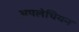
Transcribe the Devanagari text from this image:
अपलेचियन